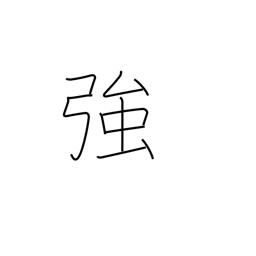
Meaning: strong